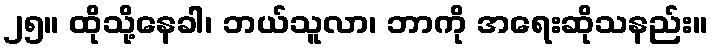
၂၅။ ထိုသို့နေခါ၊ ဘယ်သူလာ၊ ဘာကို အရေးဆိုသနည်း။